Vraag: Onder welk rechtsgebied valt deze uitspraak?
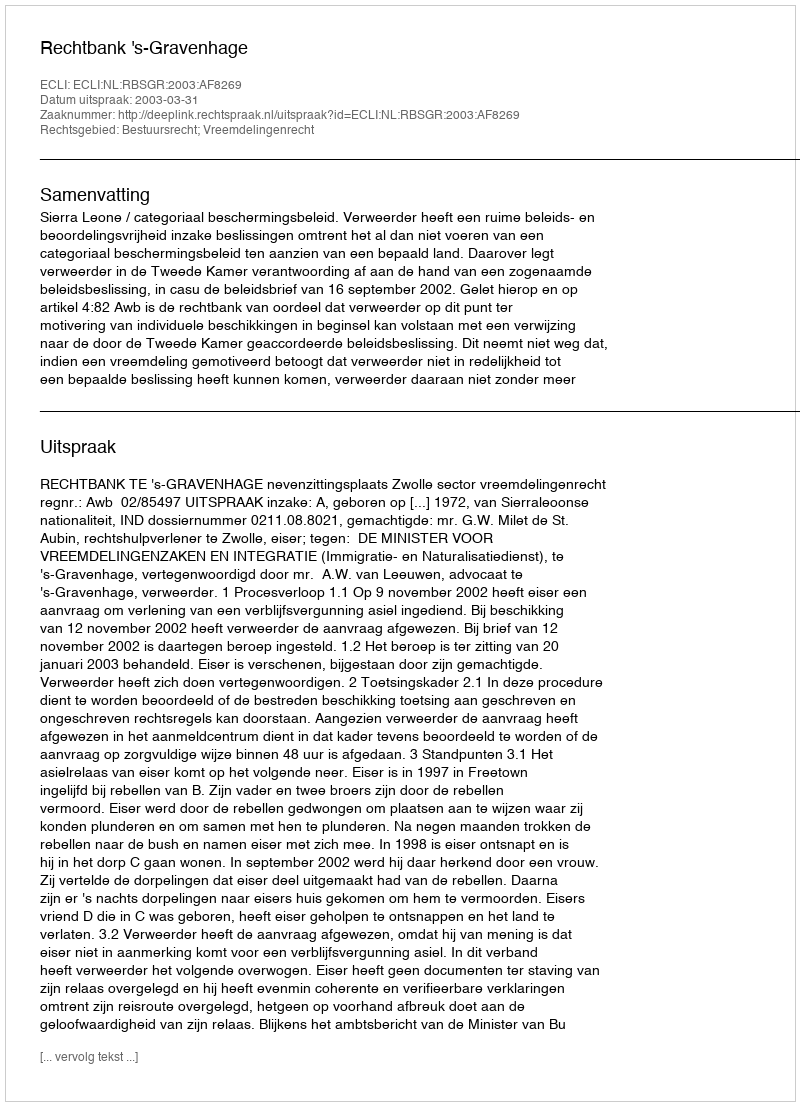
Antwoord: Bestuursrecht; Vreemdelingenrecht